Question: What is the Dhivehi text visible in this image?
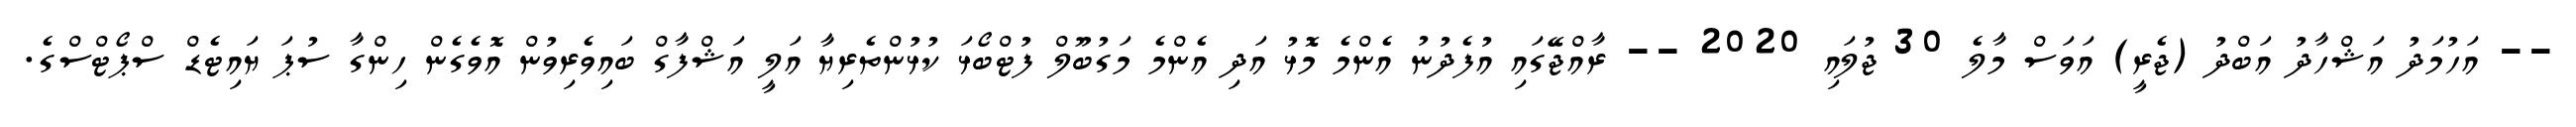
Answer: -- އަހުމަދު އަޝްހާދު އަބްދު (ޖެރީ) އަވަސް މާލެ 30 ޖުލައި 2020 -- ރާއްޖޭގައި އުފެދުނު އެންމެ މޮޅު އަދި އެންމެ މަގުބޫލް ފުޓްބޯޅަ ކުޅުންތެރިޔާ އަލީ އަޝްފާގް ބައިވެރިވުން އޮވެގެން ހިންގާ ސުޕަ ޔައިޓެޑް ސްޕޯޓްސްގެ.